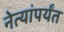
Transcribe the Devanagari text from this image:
नेत्यांपर्यंत